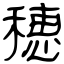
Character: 穂